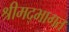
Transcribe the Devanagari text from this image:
श्रीमद्भागत